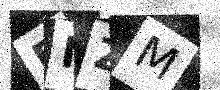
Text: DNZM